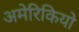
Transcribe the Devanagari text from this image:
अमेरिकियो